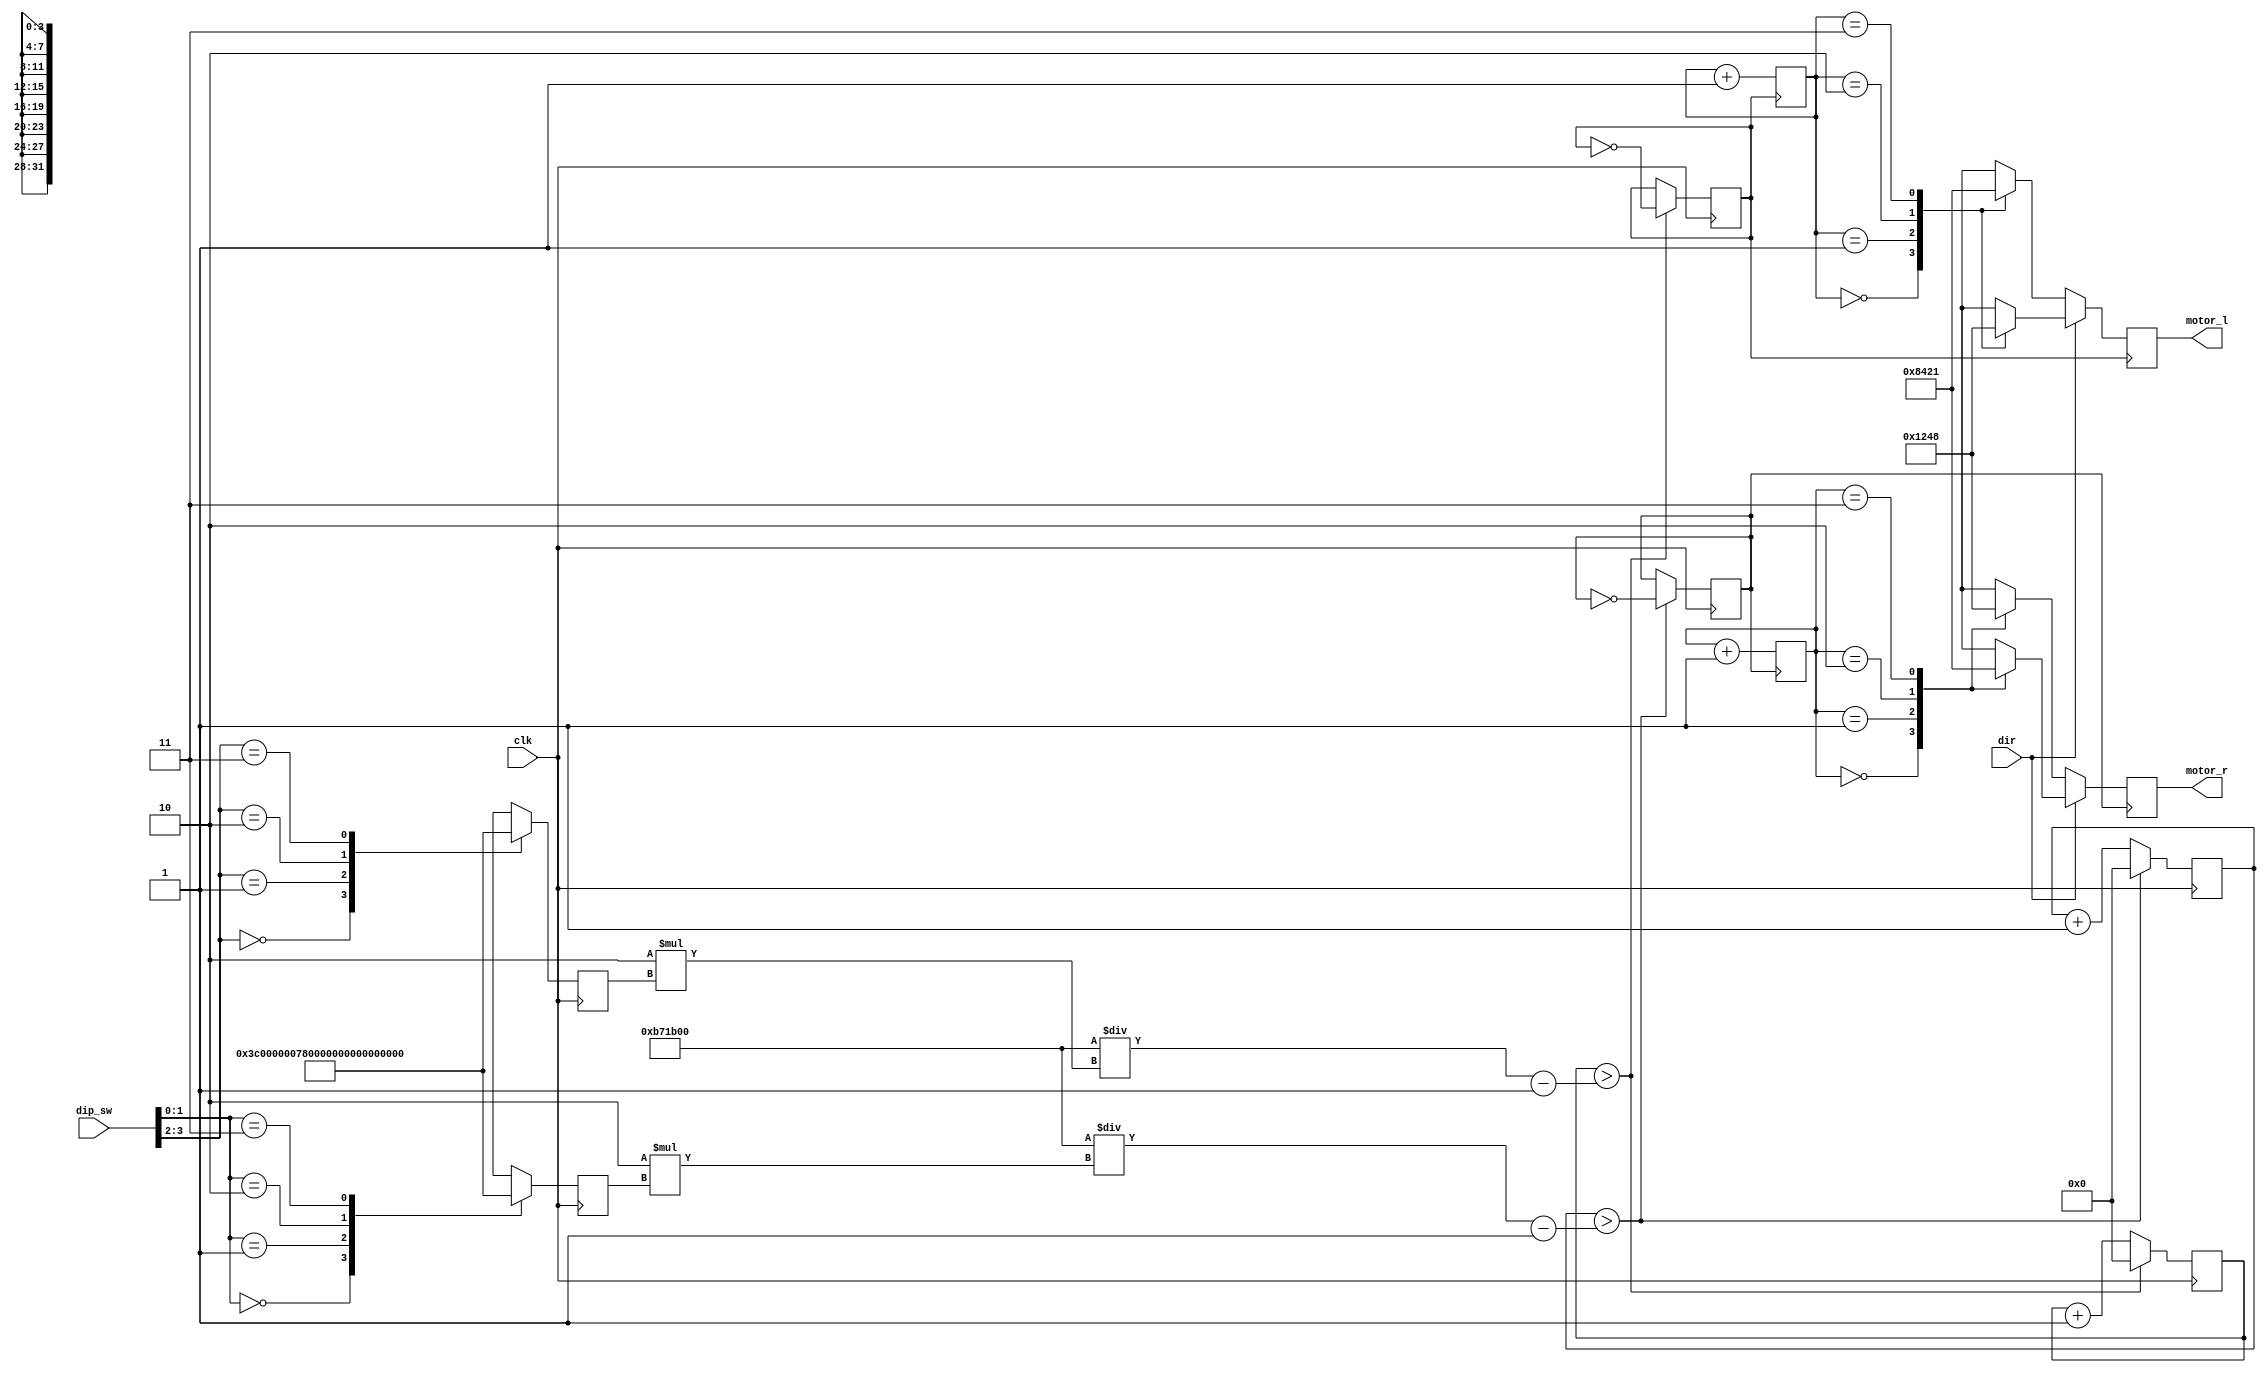
module stepdiff (clk, dir,dip_sw,motor_l,motor_r);
   input   clk,dir;  //clk=12MHZ
   input  [3:0] dip_sw;      
   output [3:0] motor_l;
   output [3:0] motor_r;  
   
   reg    [1:0] m_cntl= 0;
   reg    [1:0] m_cntr= 0;
   reg    [3:0] motor_l;
   reg    [3:0] motor_r;
   reg          motor_l_clk;
   reg          motor_r_clk;
   integer speed_l ;
   integer speed_r ;
   reg [31:0]counter_l;
   reg [31:0]counter_r;    
// make target_hz
always @(posedge clk) begin		
			case ({dip_sw[3], dip_sw[2]})
				2'b00: speed_l <= 60;
				2'b01: speed_l <= 120;
				2'b10: speed_l <= 240;
				2'b11: speed_l <= 400;
			 default : speed_l <= 60;
			endcase
		end
always @(posedge clk) begin					
			case ({dip_sw[1], dip_sw[0]})
				2'b00: speed_r <= 60;
				2'b01: speed_r <= 120;
				2'b10: speed_r <= 240;
				2'b11: speed_r <= 400;
			 default : speed_r <= 60;
			endcase			
		end			
always @(posedge clk) begin			
        counter_l <= counter_l + 1;
        if(counter_l > (12000000/(2*speed_l))-1) begin
            motor_l_clk <= ~motor_l_clk;
            counter_l <= 0;
                end
end
always @(posedge clk) begin			
        counter_r <= counter_r + 1;
        if(counter_r > (12000000/(2*speed_r))-1) begin
            motor_r_clk <= ~motor_r_clk;
            counter_r <= 0;
                end
end             
// dir        
always @(posedge motor_l_clk) begin
      if (~dir) begin
           case (m_cntl)
                   0 : motor_l <= 4'b1000;  // A, B, /A, /B
                   1 : motor_l <= 4'b0100;
                   2 : motor_l <= 4'b0010;
                   3 : motor_l <= 4'b0001;
             default : motor_l <= 4'b1000;
           endcase
           end
      else begin 
           case (m_cntl)
                   0 : motor_l <= 4'b0001;  // A, B, /A, /B
                   1 : motor_l <= 4'b0010;
                   2 : motor_l <= 4'b0100;
                   3 : motor_l <= 4'b1000;
             default : motor_l <= 4'b0001;
           endcase
           end
    m_cntl <= m_cntl + 1;
end
always @(posedge motor_r_clk) begin
      if (~dir) begin
           case (m_cntr)
                   0 : motor_r <= 4'b0001;  // A, B, /A, /B
                   1 : motor_r <= 4'b0010;
                   2 : motor_r <= 4'b0100;
                   3 : motor_r <= 4'b1000;
             default : motor_r <= 4'b0001;           
           endcase
           end
      else begin 
           case (m_cntr)
                   0 : motor_r <= 4'b1000;  // A, B, /A, /B
                   1 : motor_r <= 4'b0100;
                   2 : motor_r <= 4'b0010;
                   3 : motor_r <= 4'b0001;
             default : motor_r <= 4'b1000;
           endcase 
           end
    m_cntr <= m_cntr + 1;
end           

endmodule